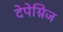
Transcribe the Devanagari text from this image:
देपेग्निज